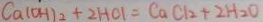
C a ( O H ) _ { 2 } + 2 H C l = C a C l _ { 2 } + 2 H _ { 2 } O